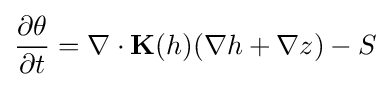
{\frac {\partial \theta }{\partial t}}=\nabla \cdot \mathbf {K} (h)(\nabla h+\nabla z)-S